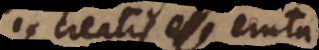
ex creatis esse eruta.